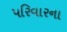
પરિવારના